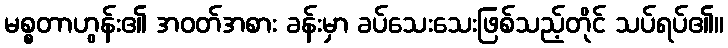
မစ္စတာဟွန်း၏ အဝတ်အစား ခန်းမှာ ခပ်သေးသေးဖြစ်သည့်တိုင် သပ်ရပ်၏။